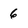
Character: 6